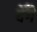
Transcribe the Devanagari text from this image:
देँगे